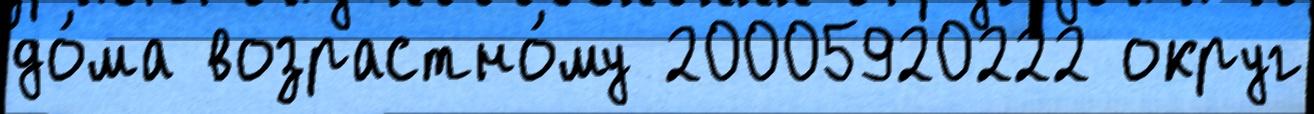
до́ма возрастно́му 20005920222 округ